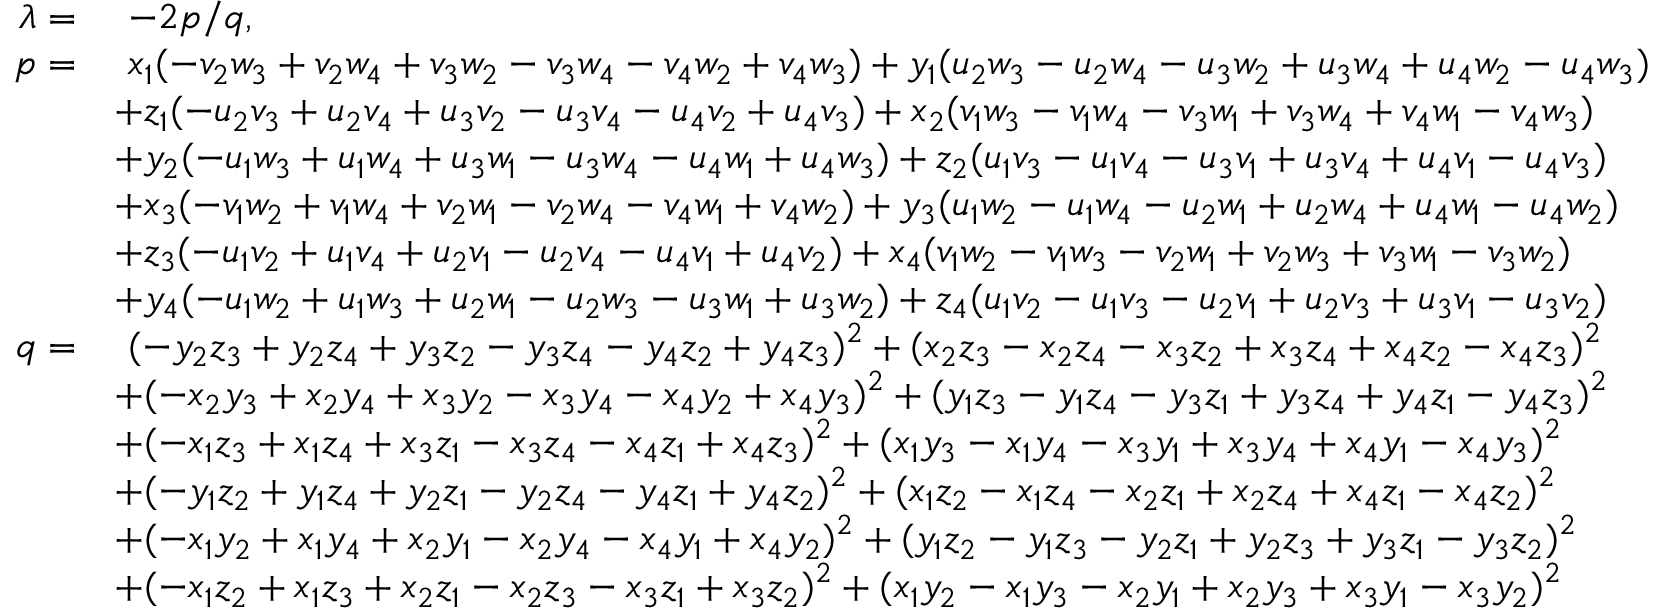
\begin{array} { r l } { \lambda = } & { \ - 2 p / q , } \\ { p = } & { \ x _ { 1 } ( - v _ { 2 } w _ { 3 } + v _ { 2 } w _ { 4 } + v _ { 3 } w _ { 2 } - v _ { 3 } w _ { 4 } - v _ { 4 } w _ { 2 } + v _ { 4 } w _ { 3 } ) + y _ { 1 } ( u _ { 2 } w _ { 3 } - u _ { 2 } w _ { 4 } - u _ { 3 } w _ { 2 } + u _ { 3 } w _ { 4 } + u _ { 4 } w _ { 2 } - u _ { 4 } w _ { 3 } ) } \\ & { + z _ { 1 } ( - u _ { 2 } v _ { 3 } + u _ { 2 } v _ { 4 } + u _ { 3 } v _ { 2 } - u _ { 3 } v _ { 4 } - u _ { 4 } v _ { 2 } + u _ { 4 } v _ { 3 } ) + x _ { 2 } ( v _ { 1 } w _ { 3 } - v _ { 1 } w _ { 4 } - v _ { 3 } w _ { 1 } + v _ { 3 } w _ { 4 } + v _ { 4 } w _ { 1 } - v _ { 4 } w _ { 3 } ) } \\ & { + y _ { 2 } ( - u _ { 1 } w _ { 3 } + u _ { 1 } w _ { 4 } + u _ { 3 } w _ { 1 } - u _ { 3 } w _ { 4 } - u _ { 4 } w _ { 1 } + u _ { 4 } w _ { 3 } ) + z _ { 2 } ( u _ { 1 } v _ { 3 } - u _ { 1 } v _ { 4 } - u _ { 3 } v _ { 1 } + u _ { 3 } v _ { 4 } + u _ { 4 } v _ { 1 } - u _ { 4 } v _ { 3 } ) } \\ & { + x _ { 3 } ( - v _ { 1 } w _ { 2 } + v _ { 1 } w _ { 4 } + v _ { 2 } w _ { 1 } - v _ { 2 } w _ { 4 } - v _ { 4 } w _ { 1 } + v _ { 4 } w _ { 2 } ) + y _ { 3 } ( u _ { 1 } w _ { 2 } - u _ { 1 } w _ { 4 } - u _ { 2 } w _ { 1 } + u _ { 2 } w _ { 4 } + u _ { 4 } w _ { 1 } - u _ { 4 } w _ { 2 } ) } \\ & { + z _ { 3 } ( - u _ { 1 } v _ { 2 } + u _ { 1 } v _ { 4 } + u _ { 2 } v _ { 1 } - u _ { 2 } v _ { 4 } - u _ { 4 } v _ { 1 } + u _ { 4 } v _ { 2 } ) + x _ { 4 } ( v _ { 1 } w _ { 2 } - v _ { 1 } w _ { 3 } - v _ { 2 } w _ { 1 } + v _ { 2 } w _ { 3 } + v _ { 3 } w _ { 1 } - v _ { 3 } w _ { 2 } ) } \\ & { + y _ { 4 } ( - u _ { 1 } w _ { 2 } + u _ { 1 } w _ { 3 } + u _ { 2 } w _ { 1 } - u _ { 2 } w _ { 3 } - u _ { 3 } w _ { 1 } + u _ { 3 } w _ { 2 } ) + z _ { 4 } ( u _ { 1 } v _ { 2 } - u _ { 1 } v _ { 3 } - u _ { 2 } v _ { 1 } + u _ { 2 } v _ { 3 } + u _ { 3 } v _ { 1 } - u _ { 3 } v _ { 2 } ) } \\ { q = } & { \ ( - y _ { 2 } z _ { 3 } + y _ { 2 } z _ { 4 } + y _ { 3 } z _ { 2 } - y _ { 3 } z _ { 4 } - y _ { 4 } z _ { 2 } + y _ { 4 } z _ { 3 } ) ^ { 2 } + ( x _ { 2 } z _ { 3 } - x _ { 2 } z _ { 4 } - x _ { 3 } z _ { 2 } + x _ { 3 } z _ { 4 } + x _ { 4 } z _ { 2 } - x _ { 4 } z _ { 3 } ) ^ { 2 } } \\ & { + ( - x _ { 2 } y _ { 3 } + x _ { 2 } y _ { 4 } + x _ { 3 } y _ { 2 } - x _ { 3 } y _ { 4 } - x _ { 4 } y _ { 2 } + x _ { 4 } y _ { 3 } ) ^ { 2 } + ( y _ { 1 } z _ { 3 } - y _ { 1 } z _ { 4 } - y _ { 3 } z _ { 1 } + y _ { 3 } z _ { 4 } + y _ { 4 } z _ { 1 } - y _ { 4 } z _ { 3 } ) ^ { 2 } } \\ & { + ( - x _ { 1 } z _ { 3 } + x _ { 1 } z _ { 4 } + x _ { 3 } z _ { 1 } - x _ { 3 } z _ { 4 } - x _ { 4 } z _ { 1 } + x _ { 4 } z _ { 3 } ) ^ { 2 } + ( x _ { 1 } y _ { 3 } - x _ { 1 } y _ { 4 } - x _ { 3 } y _ { 1 } + x _ { 3 } y _ { 4 } + x _ { 4 } y _ { 1 } - x _ { 4 } y _ { 3 } ) ^ { 2 } } \\ & { + ( - y _ { 1 } z _ { 2 } + y _ { 1 } z _ { 4 } + y _ { 2 } z _ { 1 } - y _ { 2 } z _ { 4 } - y _ { 4 } z _ { 1 } + y _ { 4 } z _ { 2 } ) ^ { 2 } + ( x _ { 1 } z _ { 2 } - x _ { 1 } z _ { 4 } - x _ { 2 } z _ { 1 } + x _ { 2 } z _ { 4 } + x _ { 4 } z _ { 1 } - x _ { 4 } z _ { 2 } ) ^ { 2 } } \\ & { + ( - x _ { 1 } y _ { 2 } + x _ { 1 } y _ { 4 } + x _ { 2 } y _ { 1 } - x _ { 2 } y _ { 4 } - x _ { 4 } y _ { 1 } + x _ { 4 } y _ { 2 } ) ^ { 2 } + ( y _ { 1 } z _ { 2 } - y _ { 1 } z _ { 3 } - y _ { 2 } z _ { 1 } + y _ { 2 } z _ { 3 } + y _ { 3 } z _ { 1 } - y _ { 3 } z _ { 2 } ) ^ { 2 } } \\ & { + ( - x _ { 1 } z _ { 2 } + x _ { 1 } z _ { 3 } + x _ { 2 } z _ { 1 } - x _ { 2 } z _ { 3 } - x _ { 3 } z _ { 1 } + x _ { 3 } z _ { 2 } ) ^ { 2 } + ( x _ { 1 } y _ { 2 } - x _ { 1 } y _ { 3 } - x _ { 2 } y _ { 1 } + x _ { 2 } y _ { 3 } + x _ { 3 } y _ { 1 } - x _ { 3 } y _ { 2 } ) ^ { 2 } } \end{array}